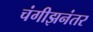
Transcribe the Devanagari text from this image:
चंगीझनंतर